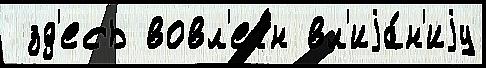
 зд'есь вовл'еч́н вл'иjа́н'иjу